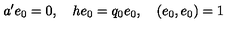
a ^ { \prime } e _ { 0 } = 0 , \quad h e _ { 0 } = q _ { 0 } e _ { 0 } , \quad ( e _ { 0 } , e _ { 0 } ) = 1